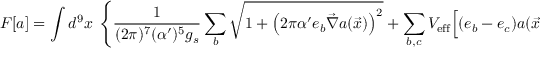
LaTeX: F [ a ] = \int d ^ { 9 } x ~ \left\{ \frac { 1 } { ( 2 \pi ) ^ { 7 } ( \alpha ^ { \prime } ) ^ { 5 } g _ { s } } \sum _ { b } \sqrt { 1 + \left( 2 \pi \alpha ^ { \prime } e _ { b } \vec { \nabla } a ( \vec { x } ) \right) ^ { 2 } } + \sum _ { b , c } V _ { \mathrm { e f f } } \Bigl [ ( e _ { b } - e _ { c } ) a ( \vec { x } ) \Bigr ] + \dots \right\}